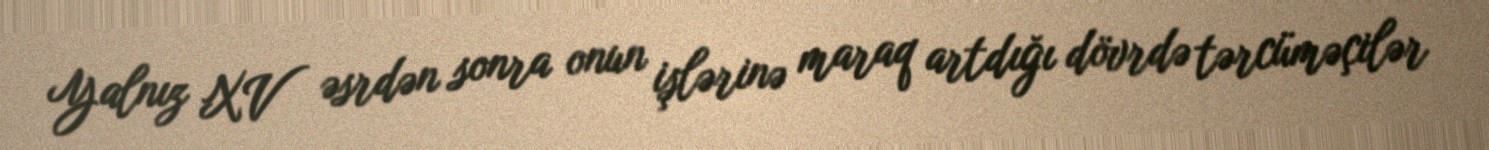
Yalnız XV əsrdən sonra onun işlərinə maraq artdığı dövrdə tərcüməçilər